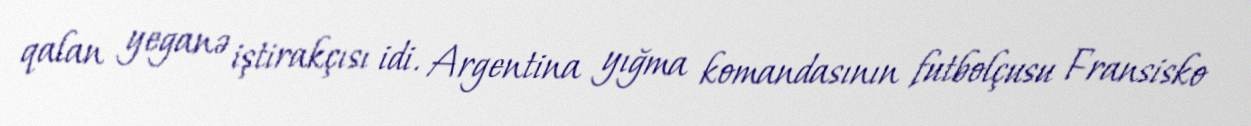
qalan yeganə iştirakçısı idi. Argentina yığma komandasının futbolçusu Fransisko